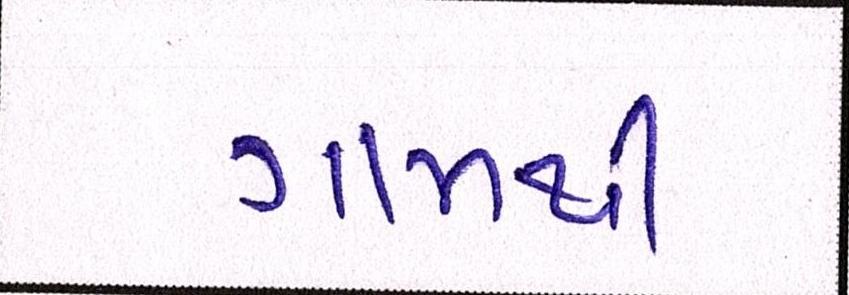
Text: ગામથી